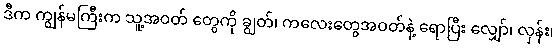
ဒီက ကျွန်မကြီးက သူ့အဝတ် တွေကို ချွတ်၊ ကလေးတွေအဝတ်နဲ့ ရောပြီး လျှော်၊ လှန်း၊